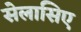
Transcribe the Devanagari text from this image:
सेलासिए